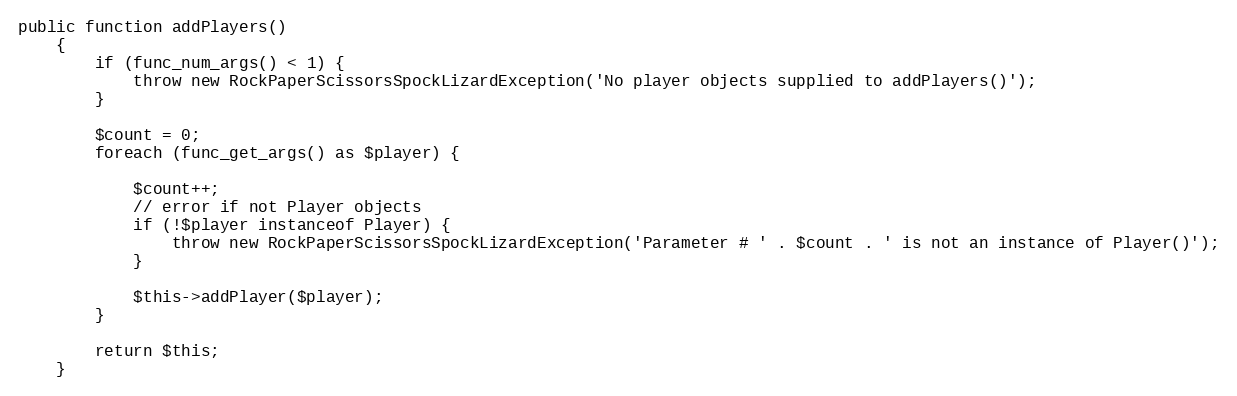
Language: PHP
public function addPlayers()
    {
        if (func_num_args() < 1) {
            throw new RockPaperScissorsSpockLizardException('No player objects supplied to addPlayers()');
        }

        $count = 0;
        foreach (func_get_args() as $player) {

            $count++;
            // error if not Player objects
            if (!$player instanceof Player) {
                throw new RockPaperScissorsSpockLizardException('Parameter # ' . $count . ' is not an instance of Player()');
            }

            $this->addPlayer($player);
        }

        return $this;
    }